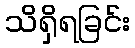
သိရှိရခြင်း